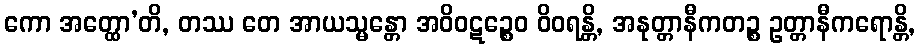
ကော အတ္ထော’တိ, တဿ တေ အာယသ္မန္တော အဝိဝဋဉ္စေဝ ဝိဝရန္တိ, အနုတ္တာနီကတဉ္စ ဥတ္တာနီကရောန္တိ,